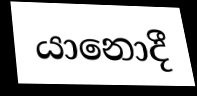
යානොදී